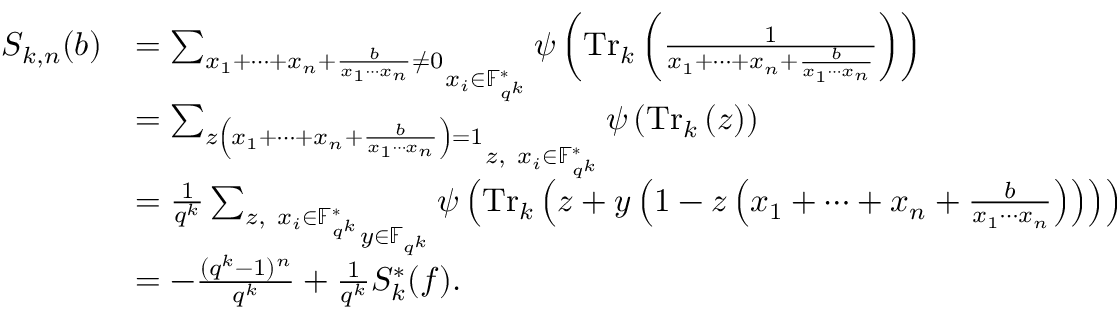
\begin{array} { r l } { S _ { k , n } ( b ) } & { = \mathop { \sum _ { x _ { 1 } + \cdots + x _ { n } + \frac { b } { x _ { 1 } \cdots x _ { n } } \neq 0 } } _ { x _ { i } \in \mathbb { F } _ { q ^ { k } } ^ { * } } \psi \left( \operatorname { T r } _ { k } \left( \frac { 1 } { x _ { 1 } + \cdots + x _ { n } + \frac { b } { x _ { 1 } \cdots x _ { n } } } \right) \right) } \\ & { = \mathop { \sum _ { z \left( x _ { 1 } + \cdots + x _ { n } + \frac { b } { x _ { 1 } \cdots x _ { n } } \right) = 1 } } _ { z , \ x _ { i } \in \mathbb { F } _ { q ^ { k } } ^ { * } } \psi \left( \operatorname { T r } _ { k } \left( z \right) \right) } \\ & { = \frac { 1 } { q ^ { k } } \mathop { \sum _ { z , \ x _ { i } \in \mathbb { F } _ { q ^ { k } } ^ { * } } } _ { y \in \mathbb { F } _ { q ^ { k } } } \psi \left( \operatorname { T r } _ { k } \left( z + y \left( 1 - z \left( x _ { 1 } + \cdots + x _ { n } + \frac { b } { x _ { 1 } \cdots x _ { n } } \right) \right) \right) \right) } \\ & { = - \frac { ( q ^ { k } - 1 ) ^ { n } } { q ^ { k } } + \frac { 1 } { q ^ { k } } S _ { k } ^ { * } ( f ) . } \end{array}